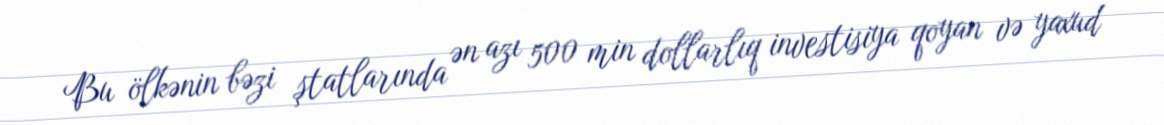
Bu ölkənin bəzi ştatlarında ən azı 500 min dollarlıq investisiya qoyan və yaxud